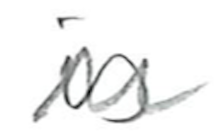
Text: is
Cross-out: wave
Writing tool: pencil